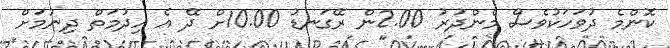
ކޮންމެ ދުވަހަކުވެސް މެންދުރު 2.00ން ރޭގަނޑު 10.00ށް ދޭ އެ ހިދުމަތް ދިނުމަށް